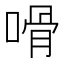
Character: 嗗